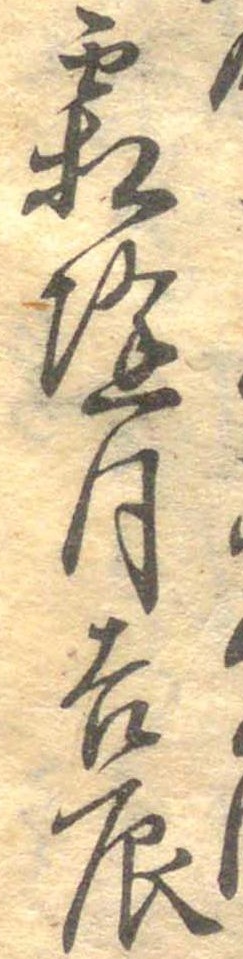
霜降月吉辰